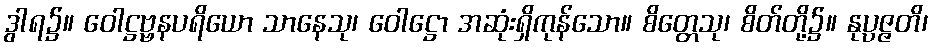
ဒွါရ၌။ ဝေါဋ္ဌဗ္ဗနပရိယော သာနေသု၊ ဝေါဋ္ဌော အဆုံးရှိကုန်သော။ စိတ္တေသု၊ စိတ်တို့၌။ နုပ္ပဇ္ဇတိ၊